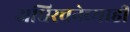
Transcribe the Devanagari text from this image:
अधिरचनेच्याही